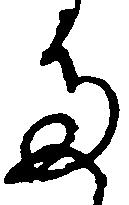
多